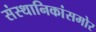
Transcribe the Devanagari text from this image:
संस्थानिकांसमोर